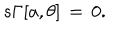
LaTeX: s \Gamma [ a , \theta ] \, = \, 0 .